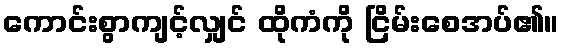
ကောင်းစွာကျင့်လျှင် ထိုကံကို ငြိမ်းစေအပ်၏။